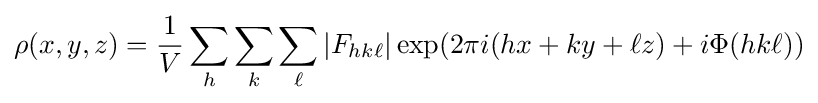
\rho (x,y,z)={\frac {1}{V}}\sum _{h}\sum _{k}\sum _{\ell }|F_{hk\ell }|\exp(2\pi i(hx+ky+\ell z)+i\Phi (hk\ell ))